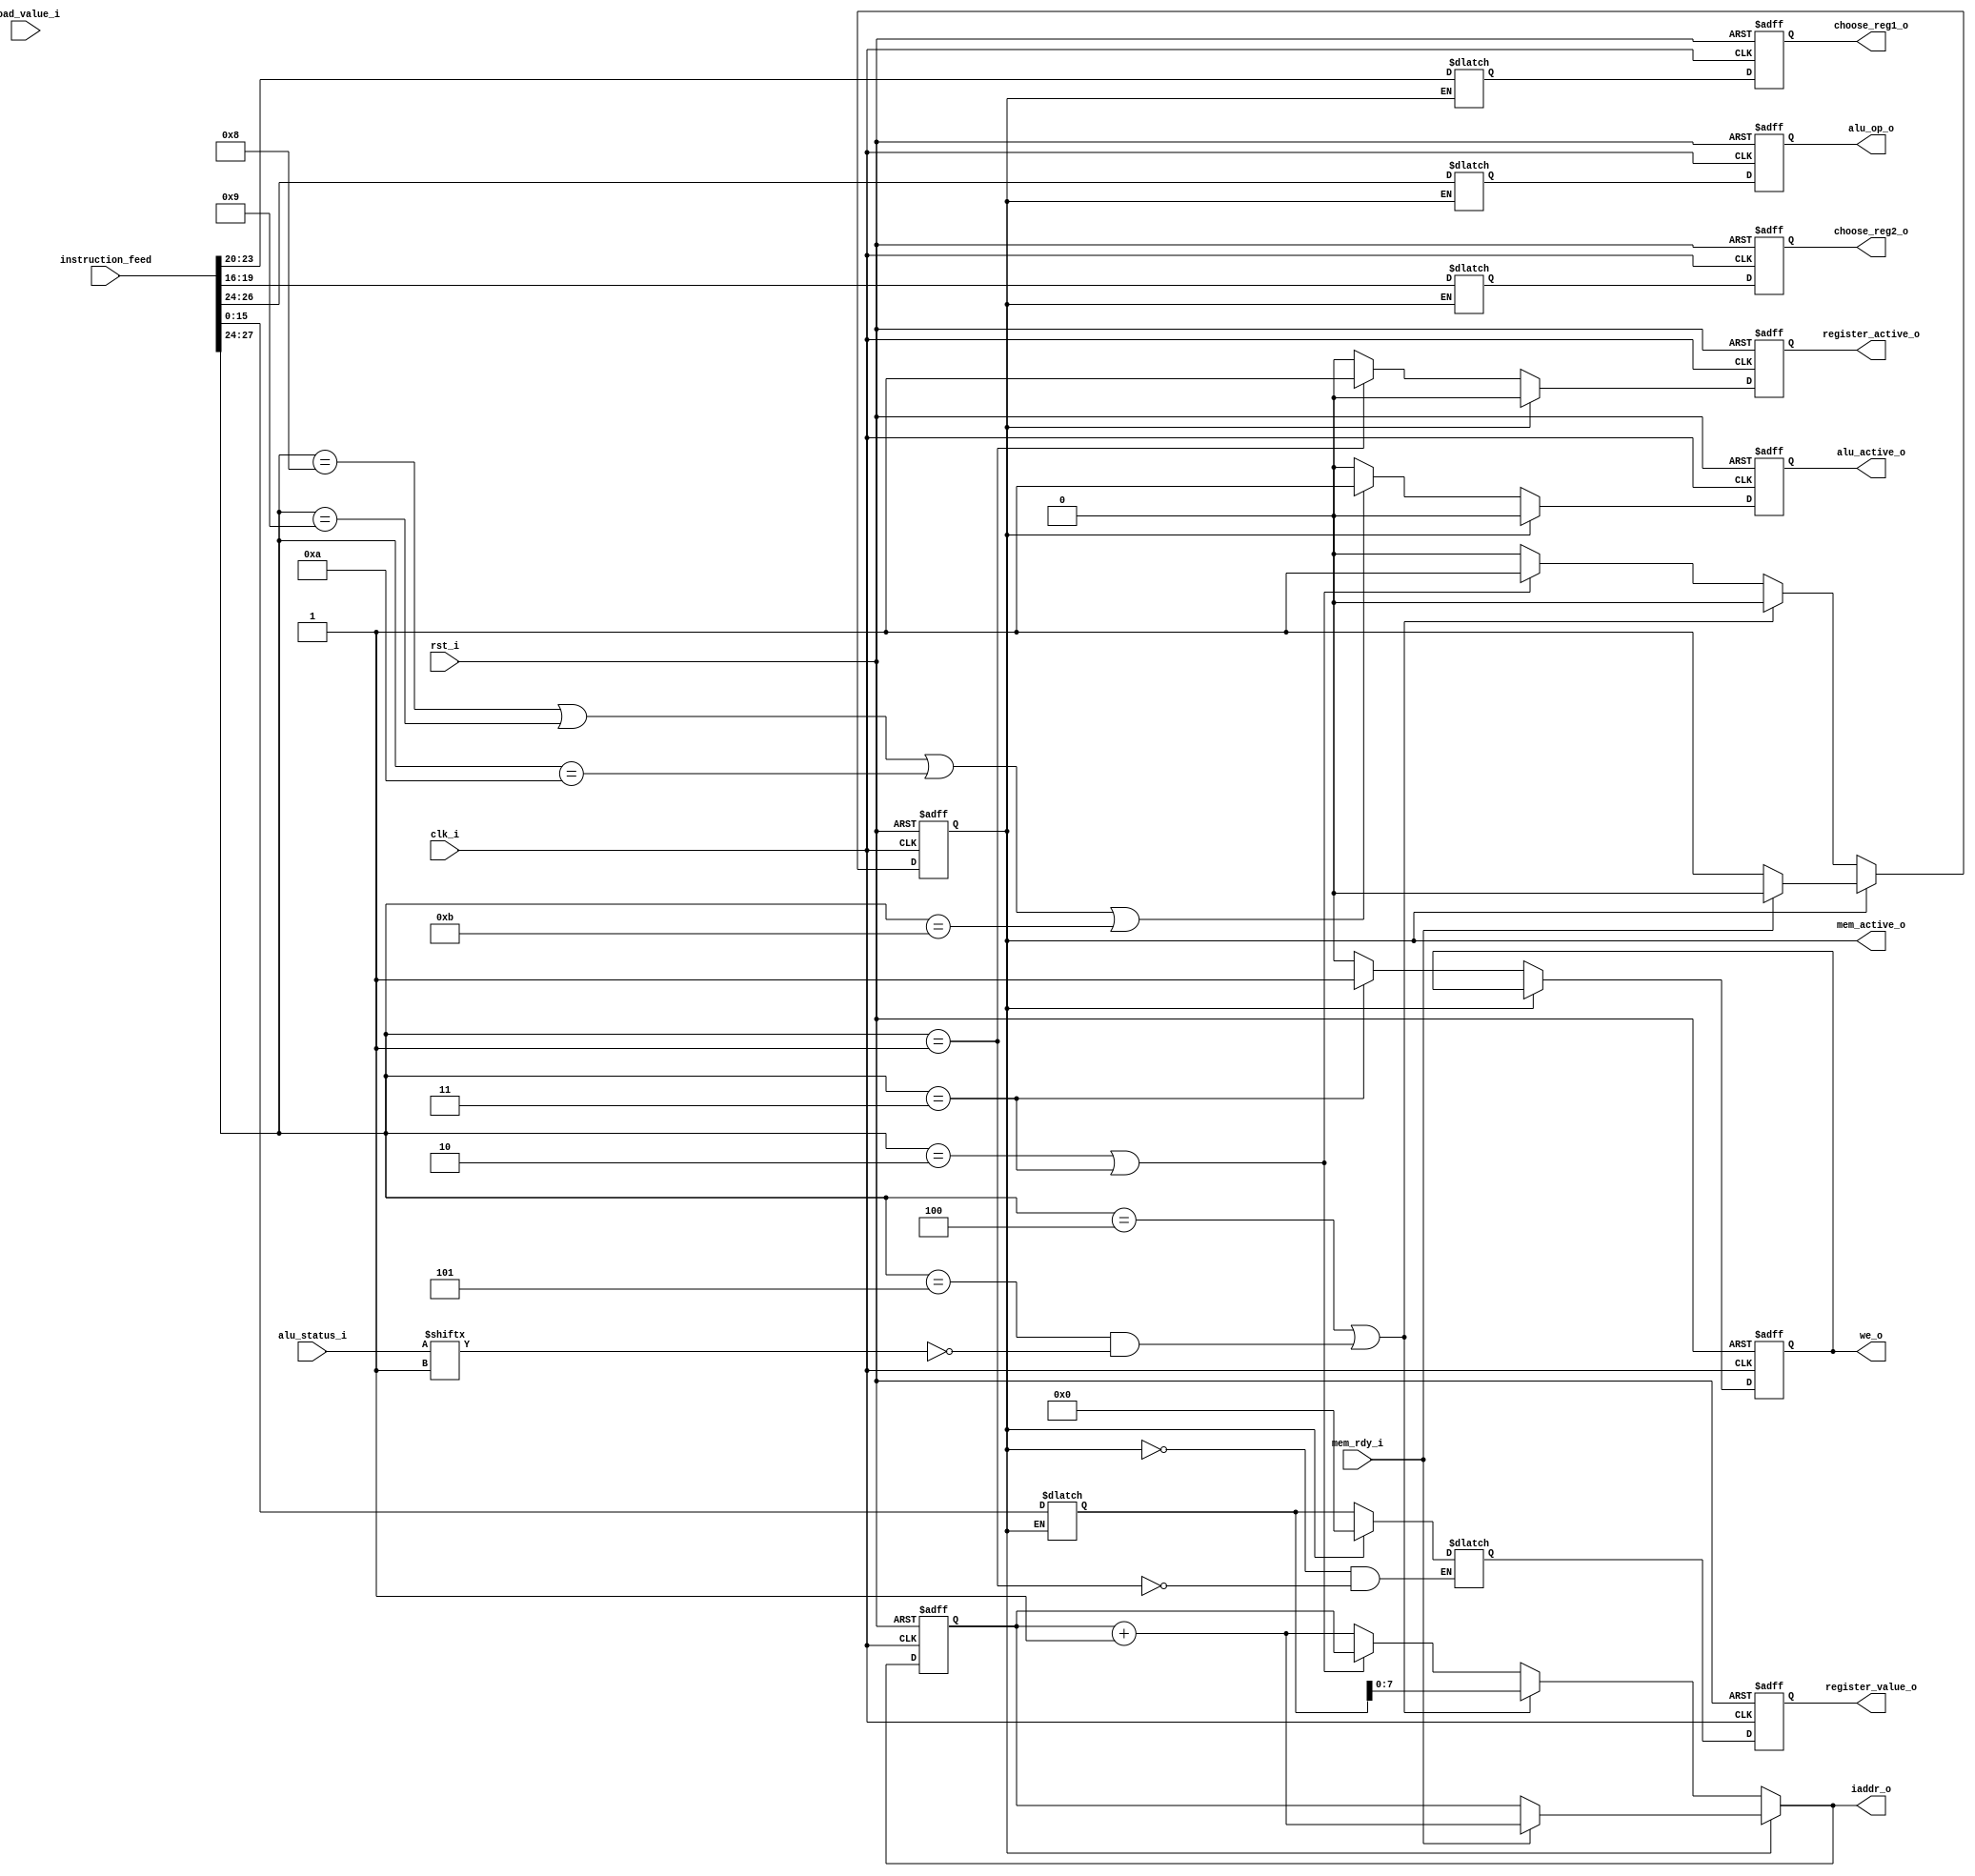
module instruction_decoder #(
    parameter                              REGISTER_ID_WIDTH = 4,    // Bits reserved for identification a single register.
    parameter                              LITERAL_WIDTH    = 16,    // How long literals the instructions may have.
    parameter                              OP_CODE_WIDTH    = 4,    // Bits reserved for operation identifiers.
    parameter                              INSTRUCTION_WIDTH = OP_CODE_WIDTH+2*REGISTER_ID_WIDTH+LITERAL_WIDTH,    // Total width of an instruction
    parameter                              DATA_WIDTH       = 16,    // Width for data in registers and instructions.
    parameter                              ALU_OP_WIDTH     = 3,    // Bits reserved for identification of alu operation
    parameter                              INSTRUCTION_ADDRESS_WIDTH = 8    // Width of an instruction address.
) (
    // Interface: cpu_clk_sink
    input                               clk_i,    // The mandatory clock, as this is synchronous logic.
    input                               rst_i,    // The mandatory reset, as this is synchronous logic.

    // Interface: cpu_system
    input          [DATA_WIDTH-1:0]     alu_status_i,
    input          [DATA_WIDTH-1:0]     load_value_i,
    input                               mem_rdy_i,
    output reg                          alu_active_o,
    output reg     [ALU_OP_WIDTH-1:0]   alu_op_o,
    output reg     [REGISTER_ID_WIDTH-1:0] choose_reg1_o,
    output reg     [REGISTER_ID_WIDTH-1:0] choose_reg2_o,
    output reg                          mem_active_o,
    output reg                          register_active_o,
    output reg     [DATA_WIDTH-1:0]     register_value_o,
    output reg                          we_o,

    // Interface: instructions
    input          [INSTRUCTION_WIDTH-1:0] instruction_feed,
    output         [INSTRUCTION_ADDRESS_WIDTH-1:0] iaddr_o
);

// WARNING: EVERYTHING ON AND ABOVE THIS LINE MAY BE OVERWRITTEN BY KACTUS2!!!
    
    // The available instructions.
    parameter [OP_CODE_WIDTH-1:0]
        NOP         = 4'b0000, 
        SET         = 4'b0001, 
        LOAD        = 4'b0010, 
        STORE       = 4'b0011, 
        BRA         = 4'b0100, 
        BNE        = 4'b0101,
        PLUS        = 4'b1000, 
        MINUS       = 4'b1001, 
        MUL         = 4'b1010, 
        DIV         = 4'b1011, 
        CMP         = 4'b1100, 
        END         = 4'b1111;

    // The address of the currently executed instruction.
    reg [INSTRUCTION_ADDRESS_WIDTH-1:0] instruction_pointer;
    
    // Intermediate values that are result from combinational logic.
    integer next_reg1;
    integer next_reg2;
    reg [OP_CODE_WIDTH-1:0] operation;
    reg [DATA_WIDTH:0] literal;
    
    reg [INSTRUCTION_ADDRESS_WIDTH-1:0] next_instruction;
    reg next_mem_active;
    reg next_we;
    reg next_alu_active;
    reg [DATA_WIDTH:0] next_register_value;
    reg next_register_active;
    
    // This output comes directly from combinational logic.
    assign iaddr_o = next_instruction;
    
    // Combinational logic used for decoding, as well as for those outputs that needs to take effect within current cycle.
    always @* begin
        if (mem_active_o)begin
            if (mem_rdy_i) begin
                next_mem_active <= 0;
                next_instruction <= instruction_pointer + 1;
            end
            else begin
                next_mem_active <= 1;
                next_instruction <= instruction_pointer;
            end
            
            next_register_value <= 0;
            next_register_active <= 0;
            next_we <= we_o;
            next_alu_active <= 0;
        end
        else begin
            operation = instruction_feed[LITERAL_WIDTH+2*REGISTER_ID_WIDTH+OP_CODE_WIDTH-1:LITERAL_WIDTH+2*REGISTER_ID_WIDTH];
            next_reg1 = instruction_feed[LITERAL_WIDTH+2*REGISTER_ID_WIDTH-1:LITERAL_WIDTH+REGISTER_ID_WIDTH];
            next_reg2 = instruction_feed[LITERAL_WIDTH+REGISTER_ID_WIDTH-1:LITERAL_WIDTH];
            literal <= instruction_feed[LITERAL_WIDTH-1:0];
            
            // Activate ALU if arithmetic operation.
            if (operation == PLUS ||
                operation == MINUS ||
                operation == MUL ||
                operation == DIV)
            begin
                 next_alu_active <= 1;
            end
            else begin
                next_alu_active <= 0;
            end
                    
            if (operation == BRA ||
                (operation == BNE && !alu_status_i[alu.ZERO]))
            begin
                // Branch if branching, obviously excludes data memory operations.
                next_mem_active <= 0;
                next_instruction = literal;
            end
            else if (operation == LOAD || operation == STORE)
            begin
                // Activate memory controller if memory operation.
                next_mem_active <= 1;
                next_instruction = instruction_pointer;
            end
            else begin
                // Else the instruction pointer increases as normal.
                next_mem_active <= 0;
                next_instruction = instruction_pointer + 1;
            end
            
            // Activate write enable if storing to memory.
            if (operation == STORE) begin
                next_we <= 1;
            end
            else begin
                next_we <= 0;
            end
            
            // Signify if passing a literal.
            if (operation == SET) begin
                next_register_active <= 1;
                // Pass literal.
                next_register_value <= literal;
            end
            else begin
                next_register_active <= 0;
            end
        end
    end
    
    // Since the processor operates on clock cycles, most outputs take effect on the next clock cycle.
    always @(posedge clk_i or posedge rst_i) begin
        if(rst_i == 1'b1) begin
            alu_active_o <= 0;
            alu_op_o <= 0;
            choose_reg1_o <= 0;
            choose_reg2_o <= 0;
            mem_active_o <= 0;
            we_o <= 0;
            instruction_pointer <= 0;
            register_value_o <= 0;
            register_active_o <= 0;
        end
        else begin
            // Pass the results of decoding as the operations and outpus of the next cycle.
            
            // Register bank:
            choose_reg1_o <= next_reg1;
            choose_reg2_o <= next_reg2;
            register_value_o <= next_register_value;
            register_active_o <= next_register_active;
            alu_active_o <= next_alu_active;
            
            // Memory:
            instruction_pointer <= next_instruction;
            mem_active_o <= next_mem_active;
            we_o <= next_we;
            
            // Pass ALU operation: It should be part of the instruction, if any.
            alu_op_o <= operation[ALU_OP_WIDTH-1:0];
        end
    end
endmodule